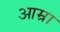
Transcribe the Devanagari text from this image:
आम्रा